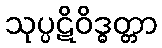
သုပ္ပဋိဝိဒ္ဓတ္တာ